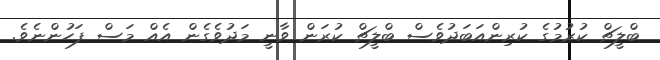
ބްލީޗް ކުރުމުގެ ކުރިންއަބަދުވެސް ބްލީޗް ކުރަން ވާނީ މަދުވެގެން އެއް މަސް ފަހުންނެވެ.